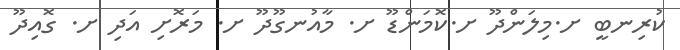
ކުރިނބީ ށ.މިލަންދޫ ށ.ކޮމަންޑޫ ށ. މާއުނގޫދޫ ށ. މަރޮށި އަދި ށ. ގޮއިދޫ